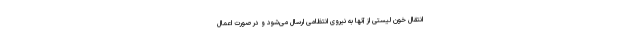
انتقال خون لیستی از آنها به نیروی انتظامی ارسال می‌شود و در صورت اعمال